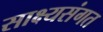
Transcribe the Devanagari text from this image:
साक्ष्यसंगत